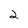
Character: 2